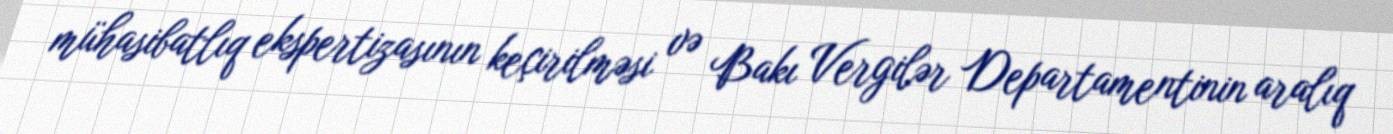
mühasibatlıq ekspertizasının keçirilməsi və Bakı Vergilər Departamentinin aralıq